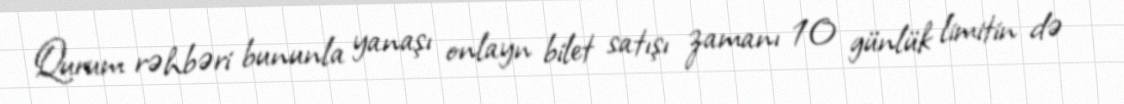
Qurum rəhbəri bununla yanaşı onlayn bilet satışı zamanı 10 günlük limitin də